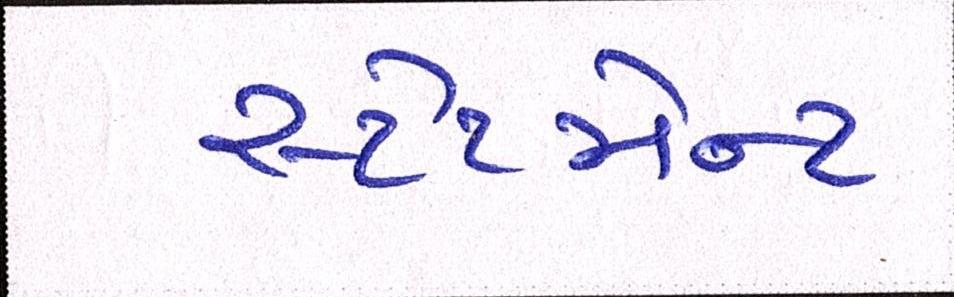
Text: સ્ટેટમેન્ટ